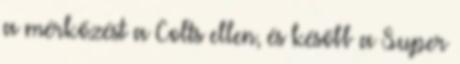
a mérkőzést a Colts ellen, és később a Super